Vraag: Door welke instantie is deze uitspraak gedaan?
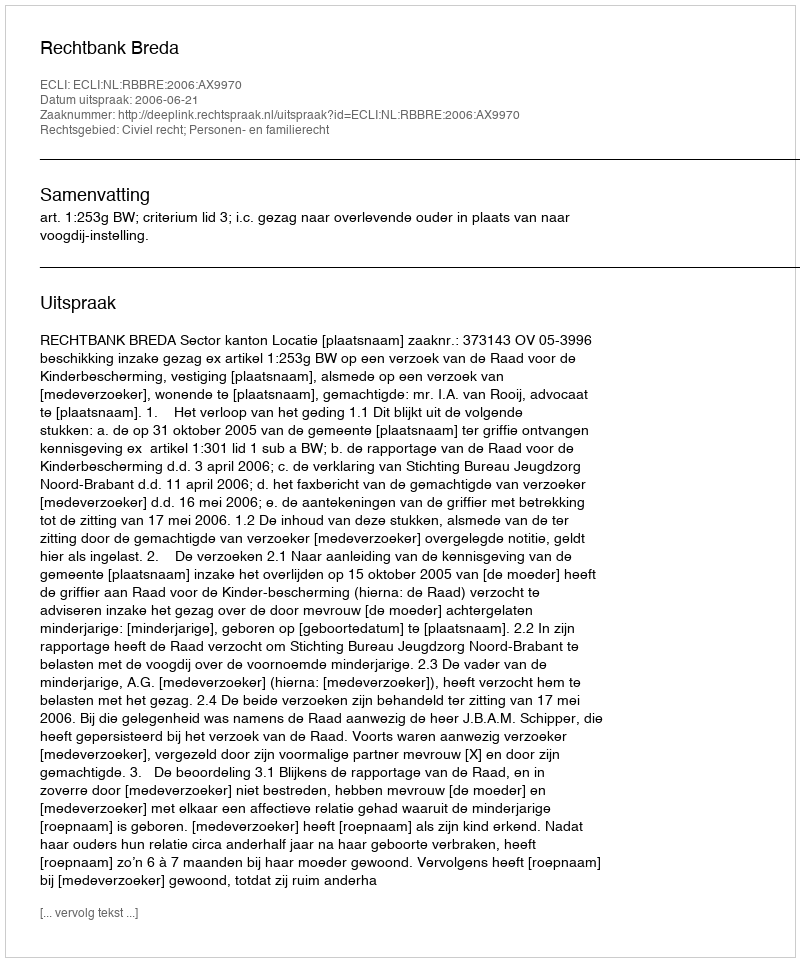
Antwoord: Rechtbank Breda